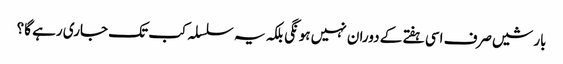
بارشیں صرف اسی ہفتے کے دوران نہیں ہونگی بلکہ یہ سلسلہ کب تک جاری رہے گا؟